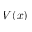
V ( x )